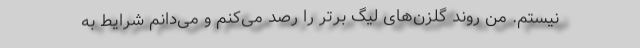
نیستم. من روند گلزن‌های لیگ برتر را رصد می‌کنم و می‌دانم شرایط به